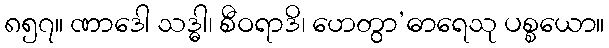
၈၅၇။ ဏာဒေါ သဒ္ဓါ၊ စီဝရာဒိ၊ ဟေတွာ’ဓာရေသု ပစ္စယော။